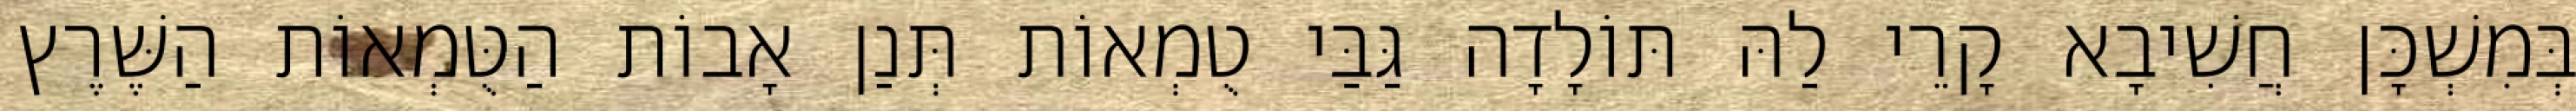
בְּמִשְׁכָּן חֲשִׁיבָא קָרֵי לַהּ תּוֹלָדָה גַּבַּי טֻמְאוֹת תְּנַן אָבוֹת הַטֻּמְאוֹת הַשֶּׁרֶץ